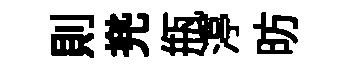
則兠瓶渟昉